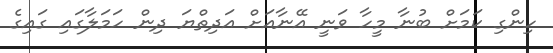
ހިންގި ކަމަށް ބުނާ މީހާ ވަނީ އޭނާއަށް އަދިތްޔަ ދިން ހަމަލާގައި ގައިގެ